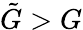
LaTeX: \tilde{G}>G